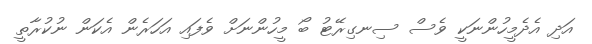
އަދި އެދެމީހުންނަކީ ވެސް ސިނގިރޭޓު ބޯ މީހުންނަށް ވެފައި އަހަރެން އެކަން ނުކުރާތީ